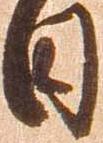
日